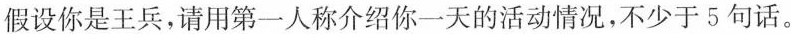
假设你是王兵，请用第一人称介绍你一天的活动情况，不少于5句话。